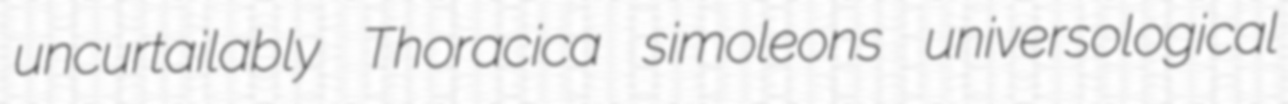
uncurtailably Thoracica simoleons universological